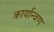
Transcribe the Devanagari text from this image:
कार्यान्वण